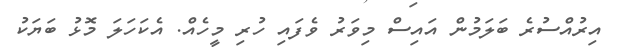
އިރުއްސުރެ ބަލަމުން އައިސް މިވަރު ވެފައި ހުރި މީހެއް. އެކަހަލަ މޮޅު ބަޔަކު